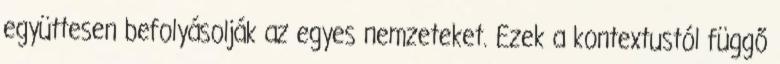
együttesen befolyásolják az egyes nemzeteket. Ezek a kontextustól függő